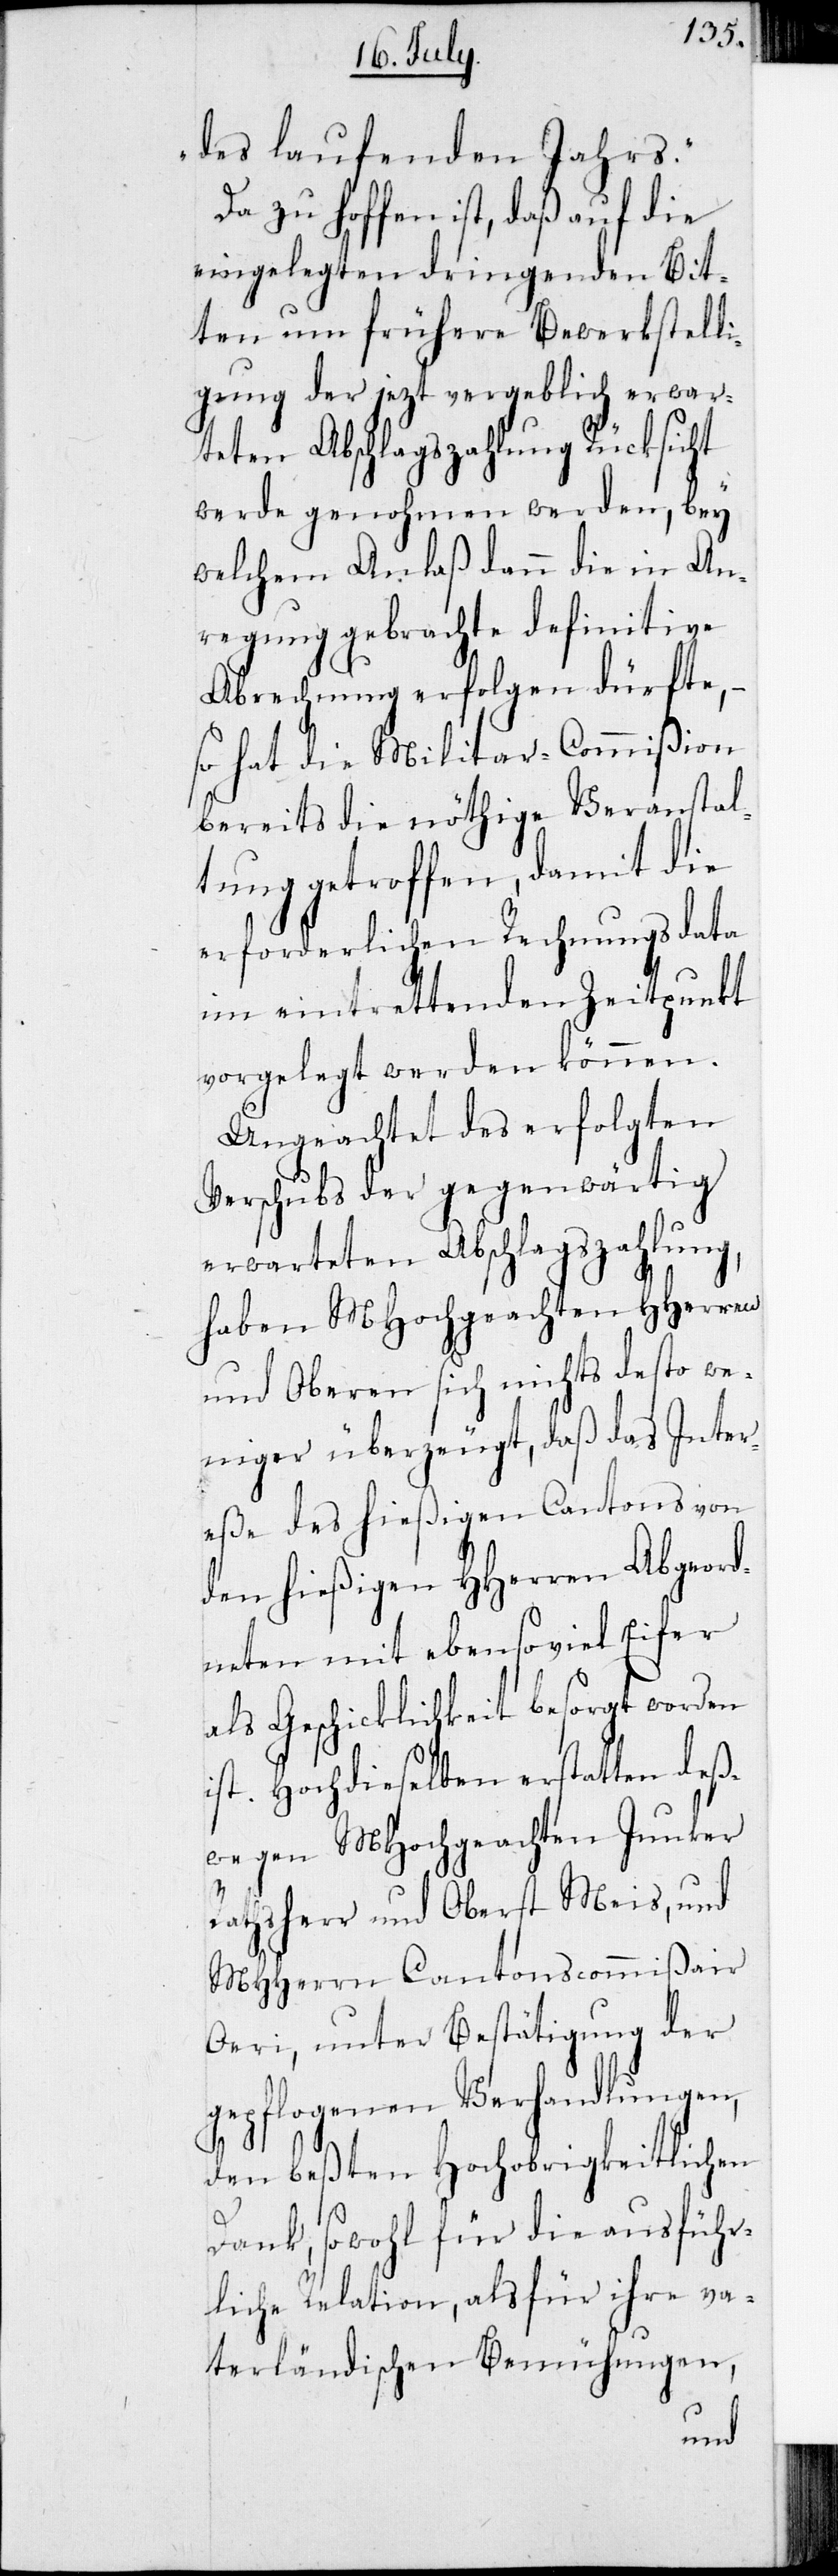
des laufenden Jahrs.“
Da zu hoffen ist, daß auf die
eingelegten dringenden Bit¬
ten um frühere Bewerkstell¬
igung der jetzt vergeblich erwar¬
teten Abschlagszahlung Rücksicht
werde genohmen werden, bey
welchem Anlaß dann die in An¬
regung gebrachte definitive
Abrechnung erfolgen dürfte,
so hat die Militar-Commißion
bereits die nöthige Veranstal¬
tung getroffen, damit die
erforderlichen Rechnungsdata
im eintrettenden Zeitpunkt
vorgelegt werden können.
Ungeachtet des erfolgten
Vorschubs der gegenwärtig
erwarteten Abschlagszahlung,
haben MHochgeachten HHerren
und Oberen sich nichts desto we¬
niger überzeugt, daß das Inter¬
eße des hießigen Cantons von
den hießigen HHerren Abgeord¬
neten mit ebensoviel Eifer
als Geschicklichkeit besorgt worden
ist. Hochdieselben erstatten deß¬
wegen MHochgeachten Junker
Rathsherr und Oberst Meis, und
MHHerrn Cantonscommißair
Oeri, unter Bestätigung der
gepflogenen Verhandlungen,
den beßten Hochobrigkeitlichen
Dank, sowohl für die ausführ¬
liche Relation, als für ihre va¬
terländischen Bemühungen,